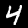
Digit: 4